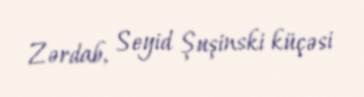
Zərdab, Seyid Şuşinski küçəsi